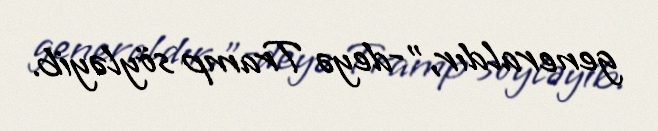
generaldır,”-deyə Tramp söyləyib.